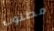
مطلوب